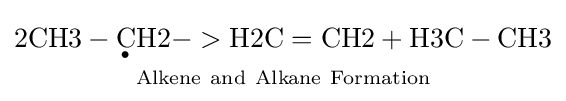
{\ce {\underset {Alkene\ and\ Alkane\ Formation}{2CH3-{\underset {^{\bullet }}{C}}H2->{H2C=CH2}+H3C-CH3}}}